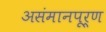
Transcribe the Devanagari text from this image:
असंमानपूर्ण